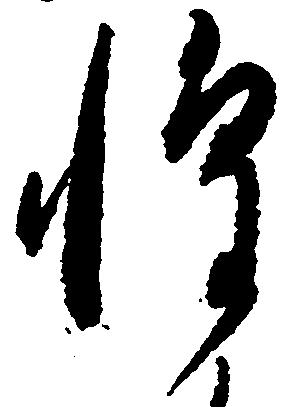
惶